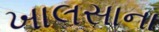
ખાલસાના